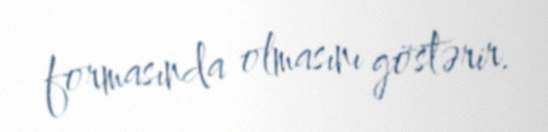
formasında olmasını göstərir.